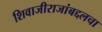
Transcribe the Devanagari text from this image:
शिवाजीराजांबद्दलचा